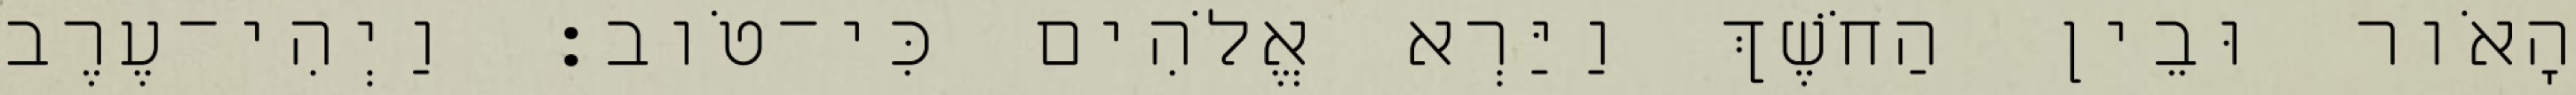
הָאֹור וּבֵין הַחֹשֶׁךְ וַיַּרְא אֱלֹהִים כִּי־טֹוב׃ וַיְהִי־עֶרֶב